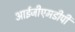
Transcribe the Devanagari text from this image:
आईजीएमडीपी